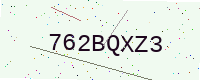
Text: 762BQXZ3